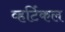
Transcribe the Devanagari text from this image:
व्हर्टिकल